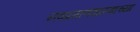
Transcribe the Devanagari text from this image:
नवप्रमाणशास्त्राच्या